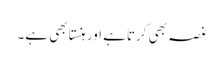
غصہ بھی کرتاہے اور ہنستا بھی ہے۔